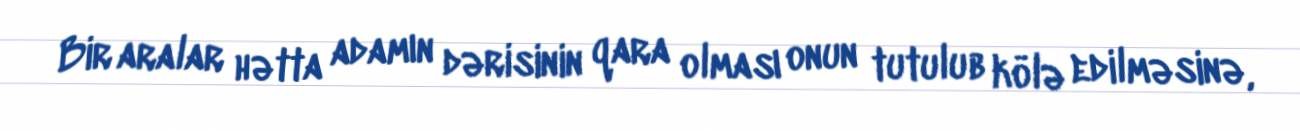
Bir aralar hətta adamın dərisinin qara olması onun tutulub kölə edilməsinə,